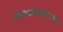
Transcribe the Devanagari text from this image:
शंकरपाळ्यासारख्या